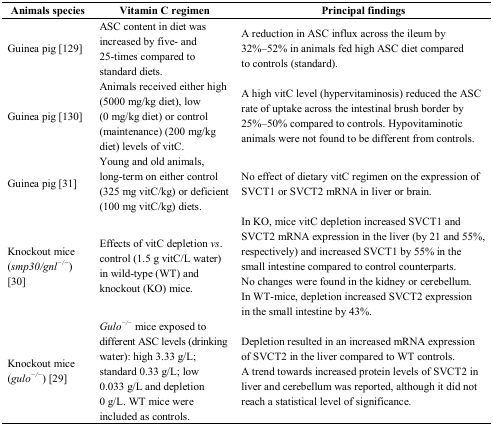
<table><thead><tr><td><b>Animals species</b></td><td><b>Vitamin C regimen</b></td><td><b>Principal findings</b></td></tr></thead><tbody><tr><td>Guinea pig [129]</td><td>ASC content in diet was increased by five- and 25-times compared to standard diets.</td><td>A reduction in ASC influx across the ileum by 32%–52% in animals fed high ASC diet compared to controls (standard).</td></tr><tr><td>Guinea pig [130]</td><td>Animals received either high (5000 mg/kg diet), low (0 mg/kg diet) or control (maintenance) (200 mg/kg diet) levels of vitC.</td><td>A high vitC level (hypervitaminosis) reduced the ASC rate of uptake across the intestinal brush border by 25%–50% compared to controls. Hypovitaminotic animals were not found to be different from controls.</td></tr><tr><td>Guinea pig [31]</td><td>Young and old animals, long-term on either control (325 mg vitC/kg) or deficient (100 mg vitC/kg) diets.</td><td>No effect of dietary vitC regimen on the expression of SVCT1 or SVCT2 mRNA in liver or brain.</td></tr><tr><td>Knockout mice (<i>smp30/gnl<sup>−/−</sup></i>) [30]</td><td>Effects of vitC depletion <i>vs</i>. control (1.5 g vitC/L water) in wild-type (WT) and knockout (KO) mice.</td><td>In KO, mice vitC depletion increased SVCT1 and SVCT2 mRNA expression in the liver (by 21 and 55%, respectively) and increased SVCT1 by 55% in the small intestine compared to control counterparts. No changes were found in the kidney or cerebellum. In WT-mice, depletion increased SVCT2 expression in the small intestine by 43%.</td></tr><tr><td>Knockout mice (<i>gulo<sup>−/−</sup></i>) [29]</td><td><i>Gulo<sup>−/−</sup></i> mice exposed to different ASC levels (drinking water): high 3.33 g/L; standard 0.33 g/L; low 0.033 g/L and depletion 0 g/L. WT mice were included as controls.</td><td>Depletion resulted in an increased mRNA expression of SVCT2 in the liver compared to WT controls. A trend towards increased protein levels of SVCT2 in liver and cerebellum was reported, although it did not reach a statistical level of significance.</td></tr></tbody></table>